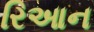
રિઆન